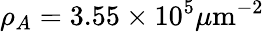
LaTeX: \rho_{A}=3.55\times 10^{5}\mu\mathrm{m}^{-2}